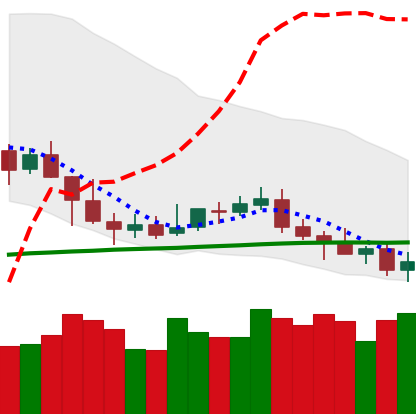
Ticker: NEO-USD
Chart end date: 2019-05-10
Forward return: 45.974%
Label: up_7plus